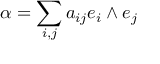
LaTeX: \alpha = \sum _ { i , j } a _ { i j } e _ { i } \wedge e _ { j }